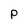
Character: p